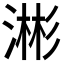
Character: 𬈥